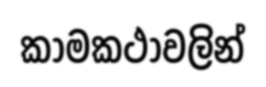
කාමකථාවලින්